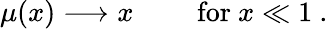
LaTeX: {\begin{array}{rlr}{\mu(x)\longrightarrow x}&{{}}&{{\mathrm{~for~}}x\ll 1}\end{array}}~.